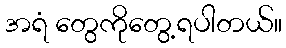
အရံ တွေကိုတွေ့ရပါတယ်။